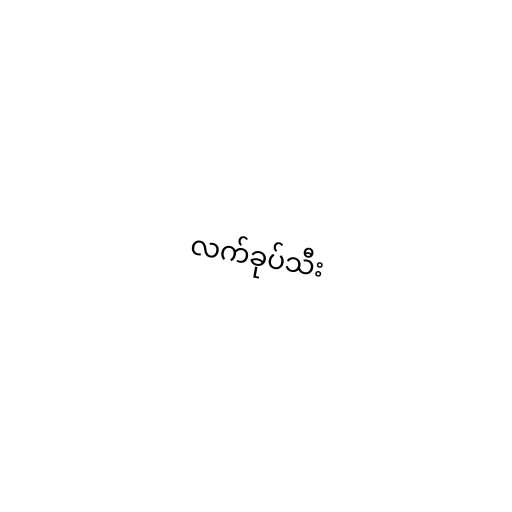
လက်ခုပ်သီး